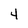
Character: 4